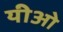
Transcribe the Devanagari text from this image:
यीओ